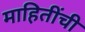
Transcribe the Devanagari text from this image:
माहितींची